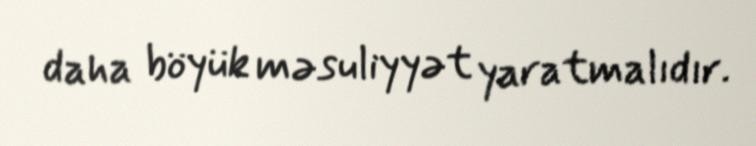
daha böyük məsuliyyət yaratmalıdır.